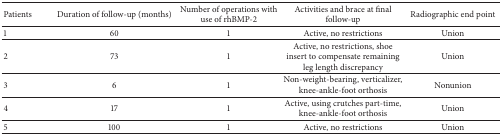
| Patients | Duration of follow-up (months) | Number of operations with use of rhBMP-2 | Activities and brace at final follow-up | Radiographic end point |
 | --- | --- | --- | --- | --- |
 | 1 | 60 | 1 | Active, no restrictions | Union |
 | 2 | 73 | 1 | Active, no restrictions, shoe insert to compensate remaining leg length discrepancy | Union |
 | 3 | 6 | 1 | Non-weight-bearing, verticalizer, knee-ankle-foot orthosis | Nonunion |
 | 4 | 17 | 1 | Active, using crutches part-time, knee-ankle-foot orthosis | Union |
 | 5 | 100 | 1 | Active, no restrictions | Union |